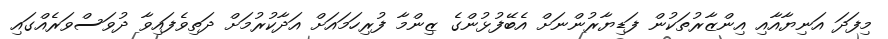
މިފަދަ އަނިޔާއާއި އިންޒާރުތަކުން ފަޑިޔާރުންނަށް އެބޭފުޅުންގެ ޒިންމާ ފުރިހަމައަށް އަދާކުރުމަށް ދަތިވެފައިވާ ދުވަސްވަރެއްގައި